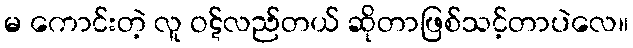
မ ကောင်းတဲ့ လူ ဝဋ်လည်တယ် ဆိုတာဖြစ်သင့်တာပဲလေ။